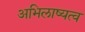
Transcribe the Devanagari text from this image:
अभिलाष्यत्व